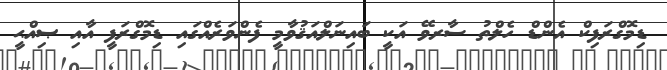
ޑިމޮގްރަފިކް އެންޑް ހެލްތު ސާރވޭ އަކީ ބައިނަލްއަޤުވާމީ ފެންވަރެއްގައި ޑިމޮގްރަފީ އާއި ޞިއްޙީ